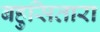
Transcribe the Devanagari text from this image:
बहुसितारा